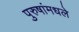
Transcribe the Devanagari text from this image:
पुरुषांमधले